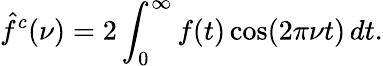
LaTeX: {\hat{f}}^{c}(\nu)=2\int_{0}^{\infty}f(t)\cos(2\pi\nu t)\, dt.